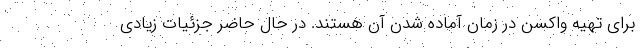
برای تهیه واکسن در زمان آماده شدن آن هستند. در حال حاضر جزئیات زیادی